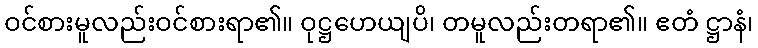
ဝင်စားမူလည်းဝင်စားရာ၏။ ဝုဋ္ဌဟေယျပိ၊ တမူလည်းတရာ၏။ ဧတံ ဋ္ဌာနံ၊